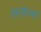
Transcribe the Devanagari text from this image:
हस्तोपचार